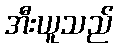
အီးယူသည်